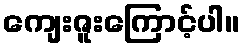
ကျေးဇူးကြောင့်ပါ။